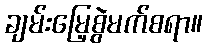
ချမ်းမြေ့စွဲမက်စရာ။